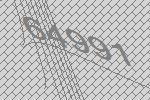
64991